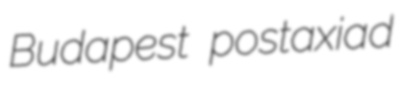
Budapest postaxiad